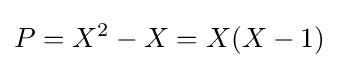
P=X^{2}-X=X(X-1)